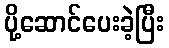
ပို့ဆောင်ပေးခဲ့ပြီး